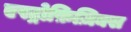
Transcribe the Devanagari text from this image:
एस्ट्रोफ़िज़िक्स